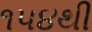
૧૫૪થી